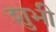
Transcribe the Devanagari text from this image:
शुभी